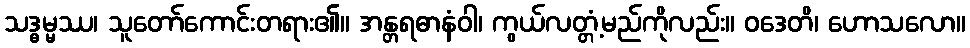
သဒ္ဓမ္မဿ၊ သူတော်ကောင်းတရား၏။ အန္တရဓာနံဝါ၊ ကွယ်လတ္တံ့မည်ကိုလည်း။ ဝဒေတိ၊ ဟောသလော။